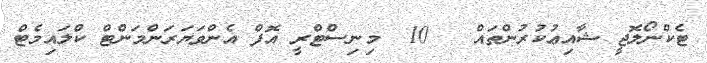
ޓެކްނޯލޮޖީ ޝާއިޢުކުރުންތައް   10  މިނިސްޓްރީ އޮފް އެންވަޔަރަންމަންޓް ކްލައިމެޓް